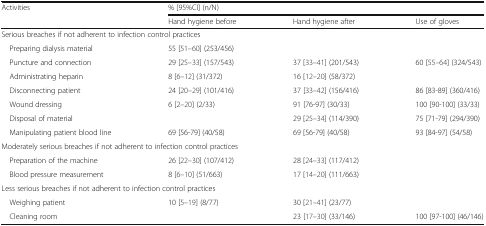
<table><thead><tr><td rowspan="2"><b>Activities</b></td><td colspan="3"><b>% [95%CI] (n/N)</b></td></tr><tr><td><b>Hand hygiene before</b></td><td><b>Hand hygiene after</b></td><td><b>Use of gloves</b></td></tr></thead><tbody><tr><td colspan="4">Serious breaches if not adherent to infection control practices</td></tr><tr><td> Preparing dialysis material</td><td>55 [51–60] (253/456)</td><td></td><td></td></tr><tr><td> Puncture and connection</td><td>29 [25–33] (157/543)</td><td>37 [33–41] (201/543)</td><td>60 [55–64] (324/543)</td></tr><tr><td> Administrating heparin</td><td>8 [6–12] (31/372)</td><td>16 [12–20] (58/372)</td><td></td></tr><tr><td> Disconnecting patient</td><td>24 [20–29] (101/416)</td><td>37 [33–42] (156/416)</td><td>86 [83-89] (360/416)</td></tr><tr><td> Wound dressing</td><td>6 [2–20] (2/33)</td><td>91 [76-97] (30/33)</td><td>100 [90-100] (33/33)</td></tr><tr><td> Disposal of material</td><td></td><td>29 [25–34] (114/390)</td><td>75 [71-79] (294/390)</td></tr><tr><td> Manipulating patient blood line</td><td>69 [56-79] (40/58)</td><td>69 [56-79] (40/58)</td><td>93 [84-97] (54/58)</td></tr><tr><td colspan="4">Moderately serious breaches if not adherent to infection control practices</td></tr><tr><td> Preparation of the machine</td><td>26 [22–30] (107/412)</td><td>28 [24–33] (117/412)</td><td></td></tr><tr><td> Blood pressure measurement</td><td>8 [6–10] (51/663)</td><td>17 [14–20] (111/663)</td><td></td></tr><tr><td colspan="4">Less serious breaches if not adherent to infection control practices</td></tr><tr><td> Weighing patient</td><td>10 [5–19] (8/77)</td><td>30 [21–41] (23/77)</td><td></td></tr><tr><td> Cleaning room</td><td></td><td>23 [17–30] (33/146)</td><td>100 [97-100] (46/146)</td></tr></tbody></table>